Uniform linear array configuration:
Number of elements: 8
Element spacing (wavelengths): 0.25
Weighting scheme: hamming
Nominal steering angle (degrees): -60
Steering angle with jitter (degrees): -60.242
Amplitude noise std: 0.05
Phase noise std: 0.05

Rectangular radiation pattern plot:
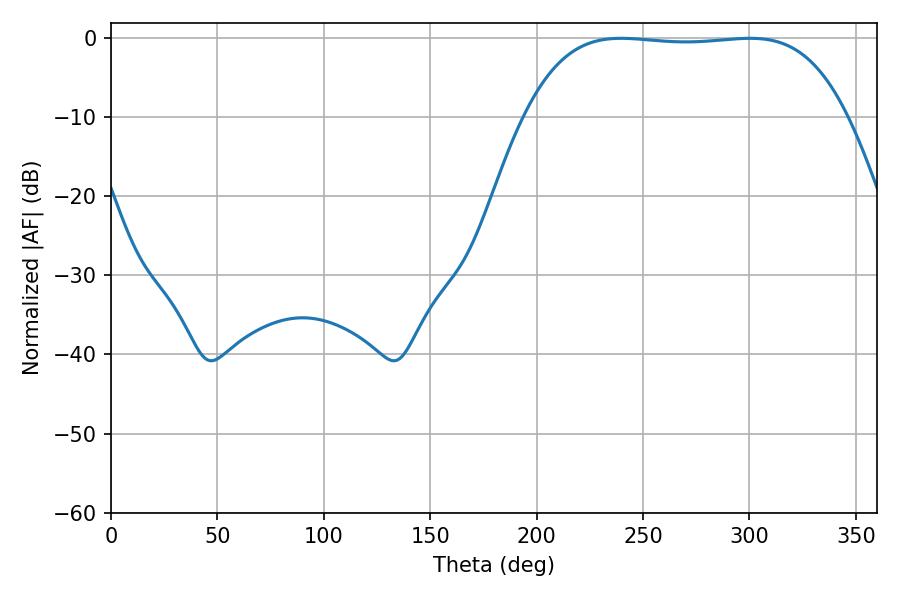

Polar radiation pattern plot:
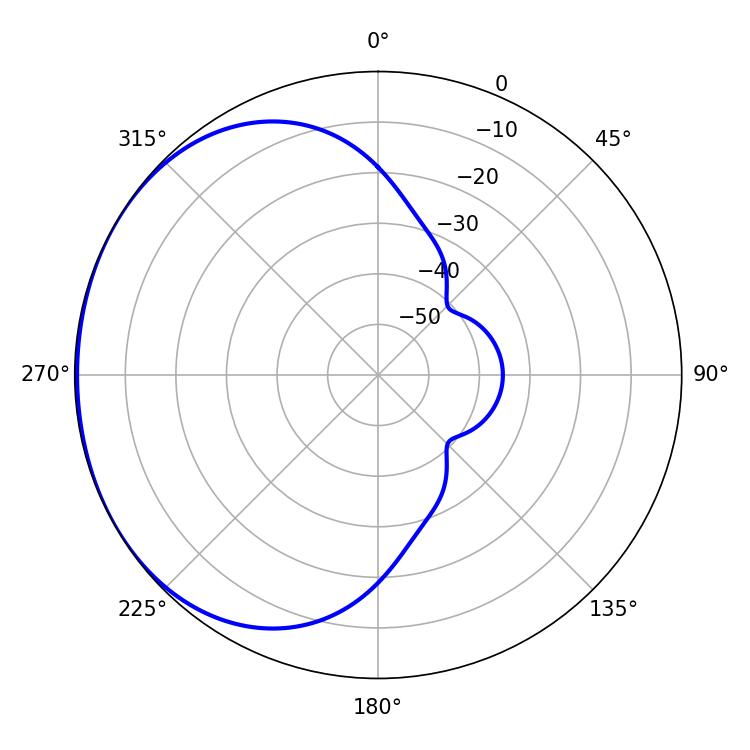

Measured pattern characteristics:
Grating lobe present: FALSE
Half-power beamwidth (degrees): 118.08
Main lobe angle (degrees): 239.76